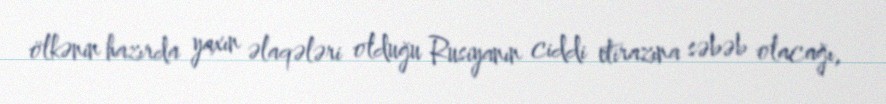
ölkənin hazırda yaxın əlaqələri olduğu Rusiyanın ciddi etirazına səbəb olacağı,